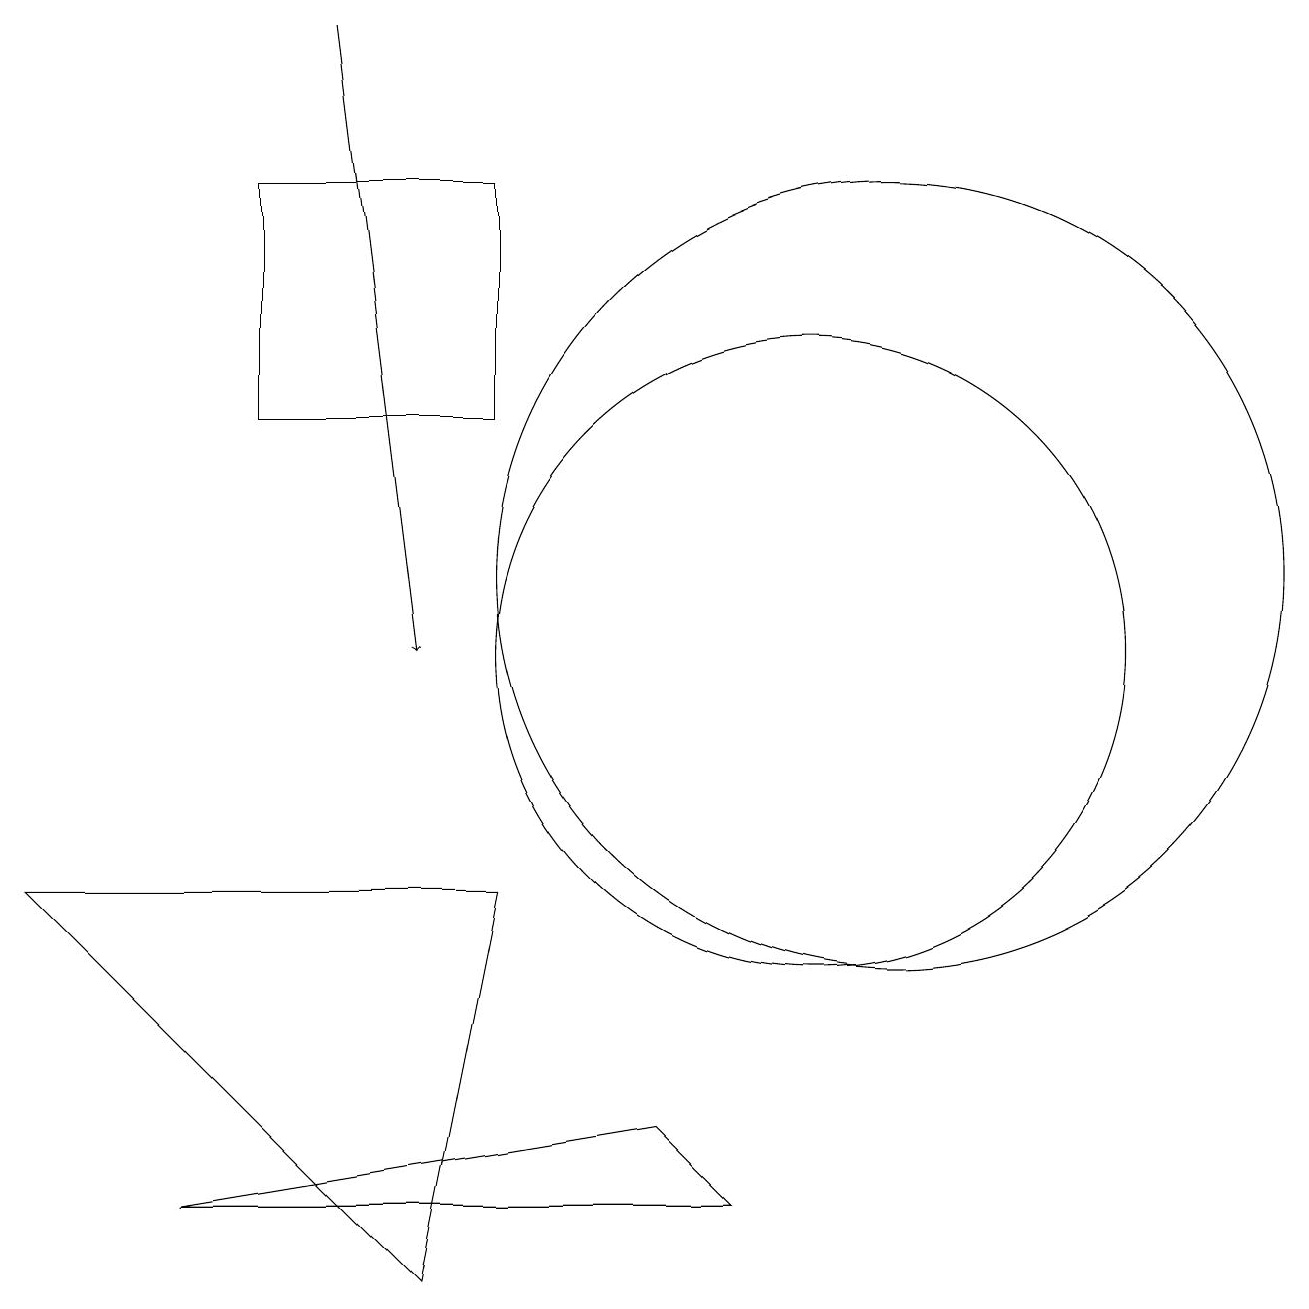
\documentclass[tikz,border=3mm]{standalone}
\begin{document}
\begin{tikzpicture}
\draw (10,11) circle (4);
\draw (6,8) -- (0,8) -- (5,3) -- cycle;
\draw[->] (4,19) -- (5,11);
\draw (9,4) -- (8,5) -- (2,4) -- cycle;
\draw (11,12) circle (5);
\draw (3,14) rectangle (6,17);
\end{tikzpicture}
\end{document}